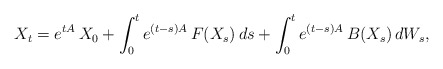
\begin{align*} X_t = e^{ t A }\, X_0 + \int_0^t e^{ ( t - s )A }\, F( X_s ) \, ds + \int_0^t e^{ ( t - s )A }\, B( X_s ) \, dW_s ,\end{align*}